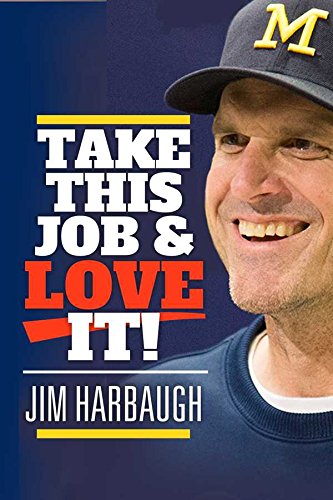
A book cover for Take This Job and Love It! Jim Harbaugh; Rich Wolfe; Sports & Outdoors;